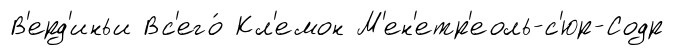
В'ерд'иньи Вс'его́ Кл'емон М'ен'етр'еоль-с'юр-Содр